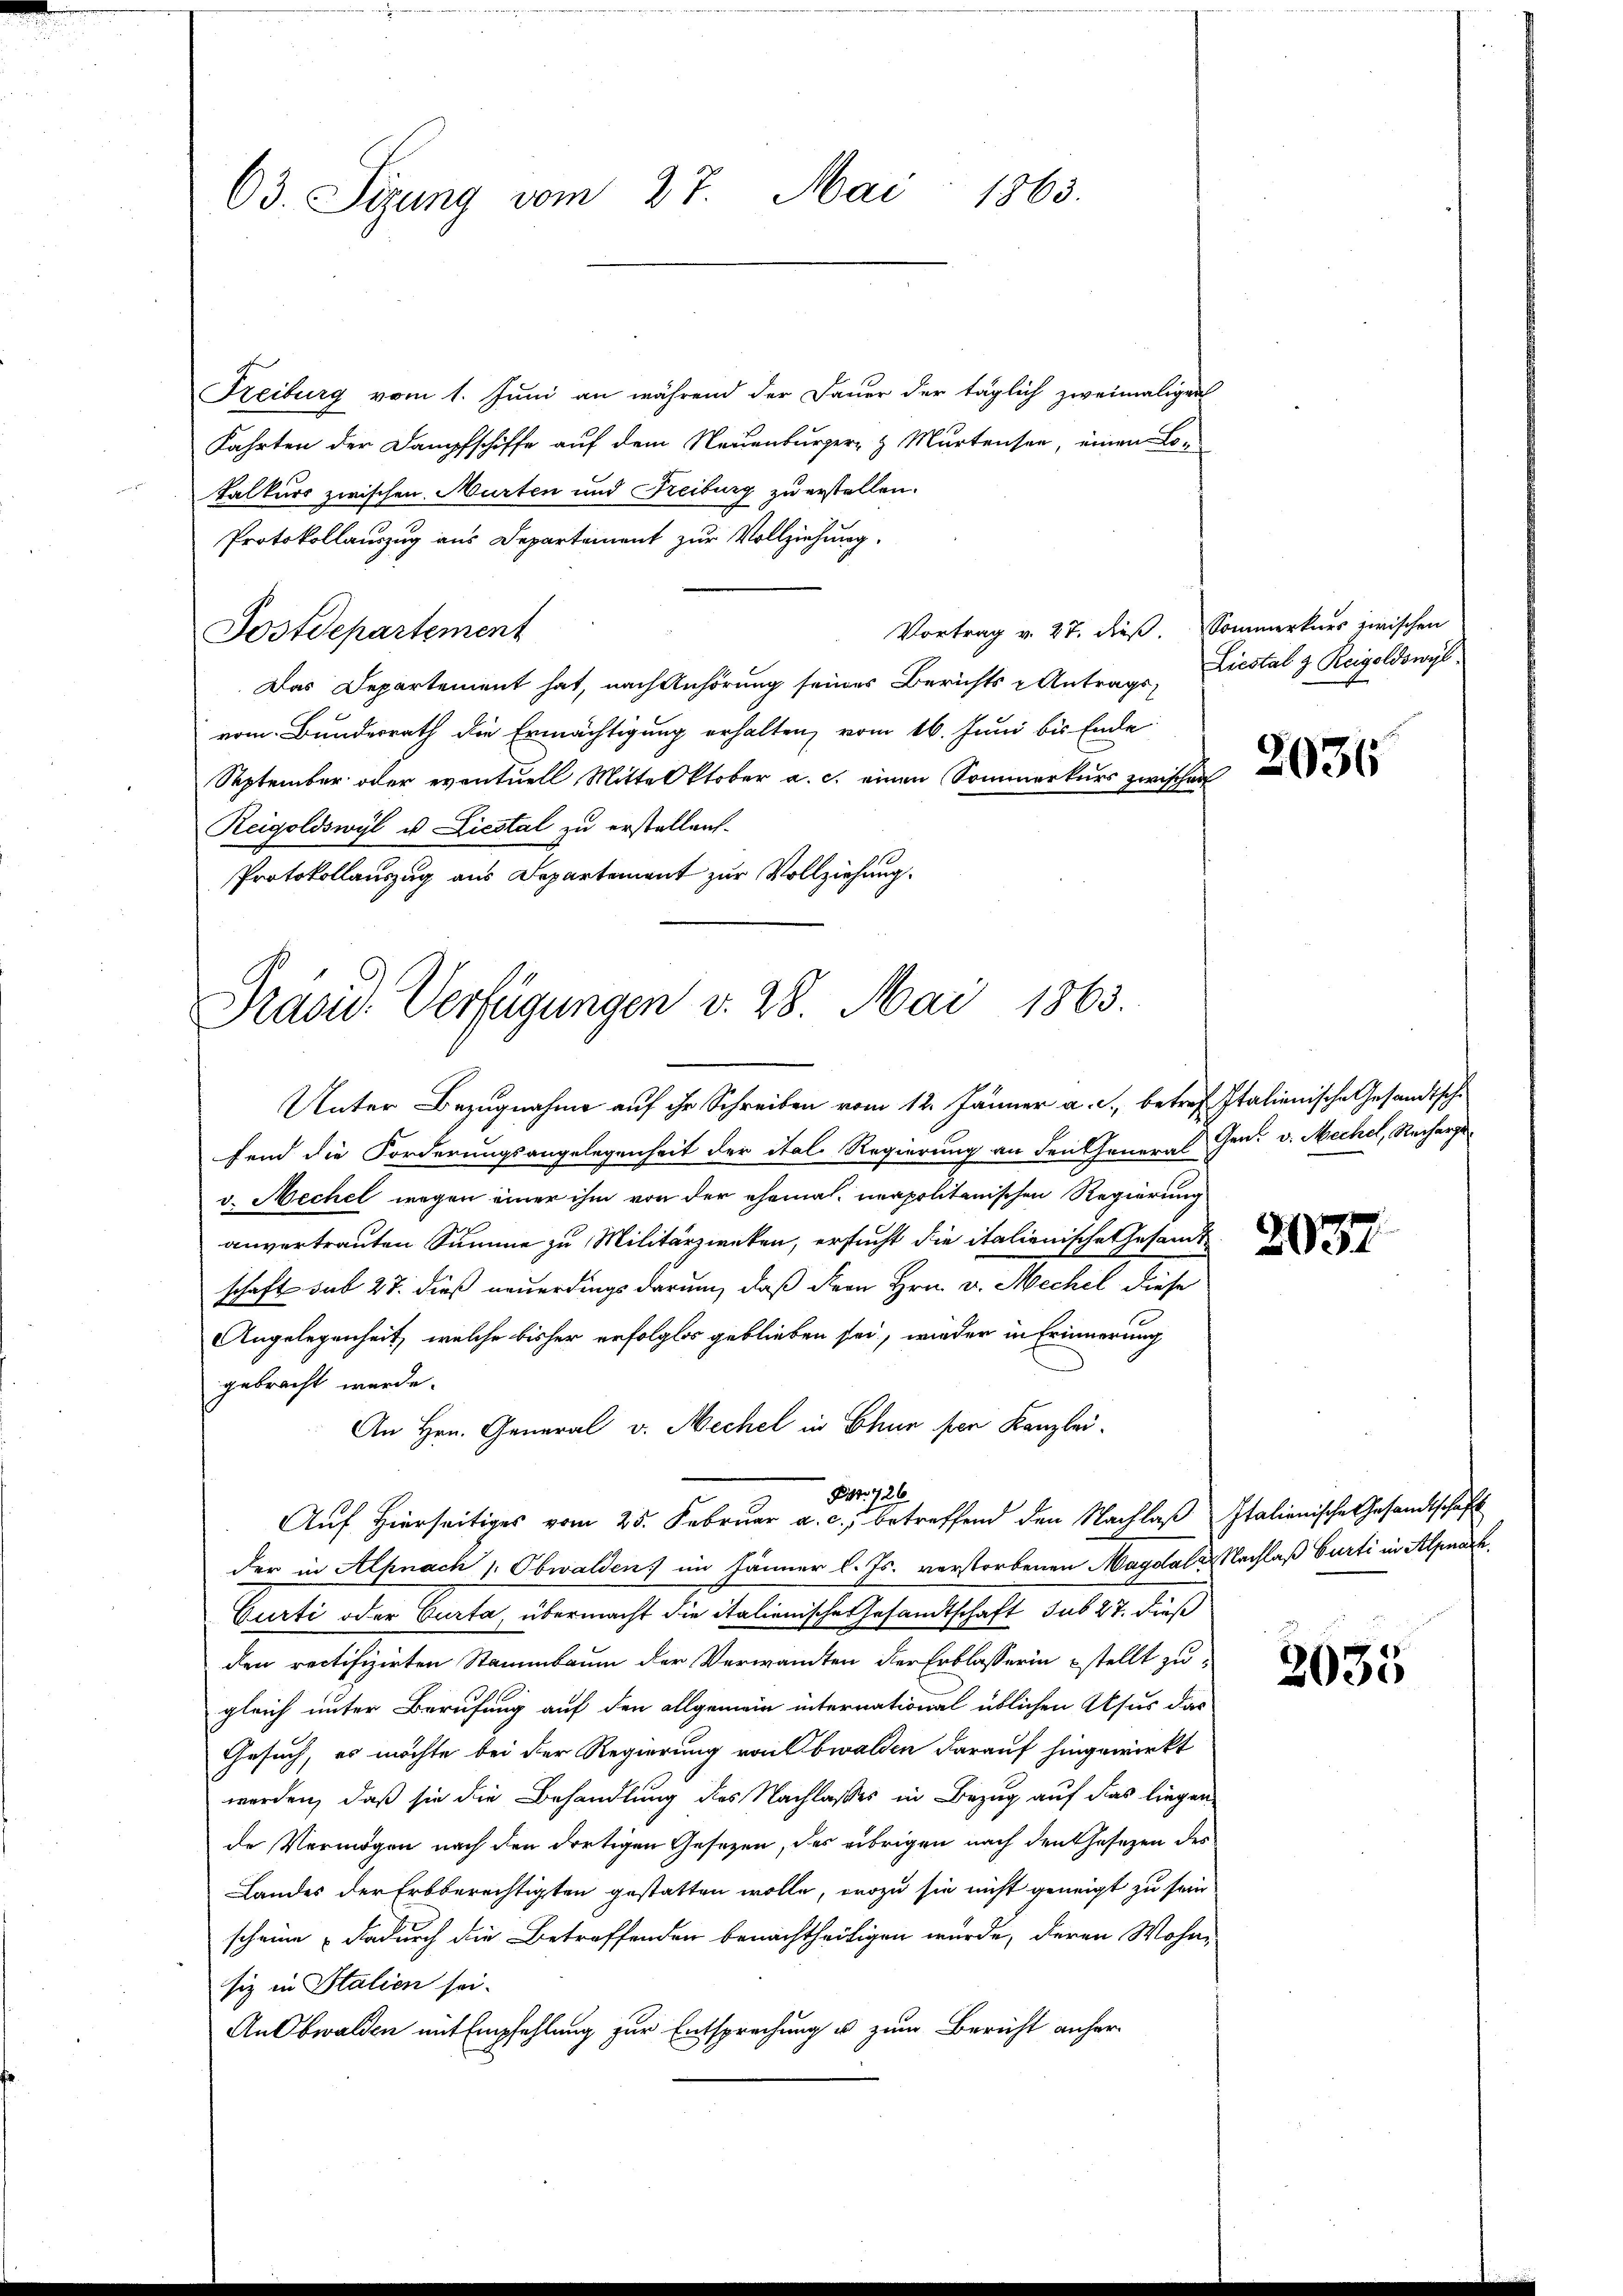
63. Sizung vom 27. Mai 1863.

Freiburg vom 1. Juni an während der Dauer der täglich zweimaligen
Fahrten der Dampfschiffe auf dem Neuenburger- & Murtensee, einen Lo-
Talkurs zwischen Murten und Freiburg zu erstellen.
Protokollauszug aus Departement zur Vollziehung.
Vortrag v. 27. dieß. Sommerkurs zwischen
Postdepartement
Das Departement hat, nach Anhörung seiner Berichts - Antrags- Liestal & Reigoldswyl
vom Bundesrath die Ermächtigung erhalten, vom 16. Juni bis Ende
September oder eventuell Mittelktober a. c. einen Sommerkurs zwischen
Reigoldswyl u. Liestal zu erstellen.
Protokollauszug aus Departement zur Vollziehung.

Präsid. Verfügungen v. 28. Mai 1863.

Unter Bezugnahme auf ihr Schreiben vom 12. Jänner a. c., betref Italienische Gesandtsche
fend die Forderungsangelegenheit der ital Regierung an den General Gen. v. Mechel, Rechargev. Mechel wegen einer ihm von der ehemal neapolitanischen Regierung
anvertrauten Summe zu Militärzwecken, ersucht die italienische Gesandt
schaft sub 27. dieß neuerdings darum, daß dern Hrn. v. Mechel diese
Angelegenheit, welche bisher erfolglos geblieben sei, wieder in Erinnerung
gebracht werde.
An Hrn. General v. Mechel in Chur per Kanzlei-
Prt. 726
Auf hierseitiges vom 25. Februar a. c. betreffend den Nachlaβ Italienische Gesandtschaft
der in Alknach /: Obwalden) im Jänner l. Js. verstorbenen Magdale Nachlaß Curti in Alpaar
Curti oder Curta übermacht die italienische Gesandtschaft sub 27. dieß
den rectifizirten Stammbaum der Verwandten der Erblasserin stellt zu-
gleich unter Berufung auf den allgemein international üblichen Usus das
Gesuch, es möchte bei der Regierung von Obwalden darauf hingewirkt
werden, daß sie die Behandlung des Nachlasses in Bezug auf das liegen-
de Vermögen nach den dortigen Gesetzen, des übrigen nach den Gesetzen des
Landes der Erbberechtigten gestatten wolle, wozu sie nicht geneigt zu sein
scheine dadurch die Betreffenden benachtheiligen wurde, deren Wohn-
siz in Italien sei.
An Obwalden mit Empfehlung zur Entsprechung u. zum Bericht anher¬

2036

2037

2035